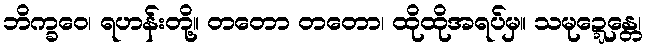
ဘိက္ခဝေ၊ ရဟန်းတို့။ တတော တတော၊ ထိုထိုအရပ်မှ။ သမုဍ္ဍေန္တေ၊